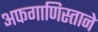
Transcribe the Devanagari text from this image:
अफगाणिस्ताने